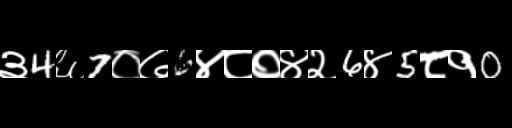
Text: ३4६7०७6४८०४२6४5८१0